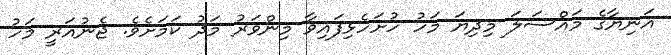
އަނިޔާގެ މައްސަލަ މިދިޔަ މަހު ހުށަހެޅިފައިވާ މިންވަރު މަދު ކަމަށެވެ. ޖެނުއަރީ މަހު